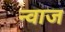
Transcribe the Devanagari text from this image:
न्वाज